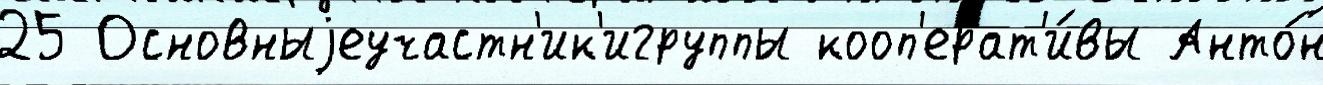
25 Основныjеучастн'ик'игруппы кооп'ерат'и́вы Анто́н